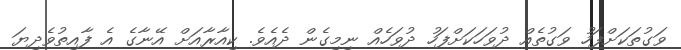
ވަގުތަކަށްފަހު ވަގުތެއް ދުވަހަކަށްފަހު ދުވަހެއް ނިމިގެން ދެއެވެ. ކިއާރާއަށް އޭނާގެ އެ ފާއިތުވެދިޔަ